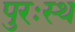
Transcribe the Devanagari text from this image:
पुरःस्थ